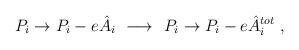
LaTeX: \begin{align*}P_i \to P_i - e\hat{A}_i\ \ {\bf{\longrightarrow}}\ \ P_i \to P_i - e\hat{A}^{tot}_i\ ,\end{align*}